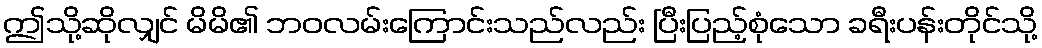
ဤသို့ဆိုလျှင် မိမိ၏ ဘဝလမ်းကြောင်းသည်လည်း ပြီးပြည့်စုံသော ခရီးပန်းတိုင်သို့